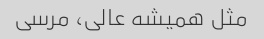
مثل همیشه عالی، مرسی